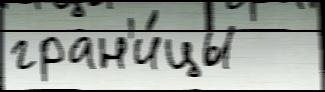
гран'и́цы